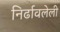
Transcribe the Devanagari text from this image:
निर्ढावलेली